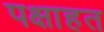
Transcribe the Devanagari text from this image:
पक्षाहत